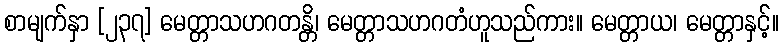
စာမျက်နှာ [၂၃၇] မေတ္တာသဟဂတန္တိ၊ မေတ္တာသဟဂတံဟူသည်ကား။ မေတ္တာယ၊ မေတ္တာနှင့်။